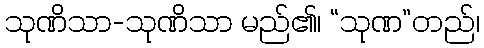
သုဏိသာ-သုဏိသာ မည်၏၊ “သုဏ”တည်၊